Problem: 8 × 7 = ?
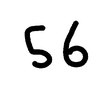
Handwritten answer: 56